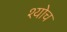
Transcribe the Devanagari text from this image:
श्योच